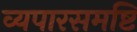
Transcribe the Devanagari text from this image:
व्यपारसमष्टि